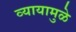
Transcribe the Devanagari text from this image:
व्यायामुळे